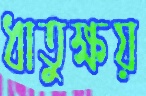
ধাতুক্ষয়